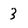
Character: 3